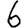
Digit: 6